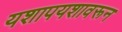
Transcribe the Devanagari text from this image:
यशापयशावरून